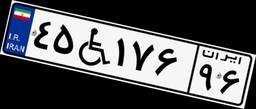
۴۵W۱۷۶۹۶